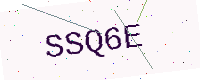
Text: SSQ6E